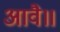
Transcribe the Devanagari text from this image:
आवै॥